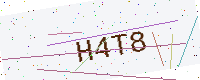
Text: H4T8